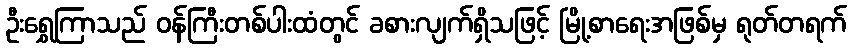
ဦးရွှေကြာသည် ဝန်ကြီးတစ်ပါးထံတွင် ခစားလျက်ရှိသဖြင့် မြို့စာရေးအဖြစ်မှ ရုတ်တရက်